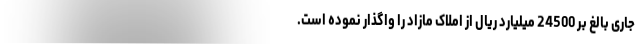
جاری بالغ بر 24500 میلیارد ریال از املاک مازاد را واگذار نموده است.